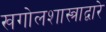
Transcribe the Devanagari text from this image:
खगोलशास्त्राद्वारे